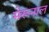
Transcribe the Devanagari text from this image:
मेरूनाल